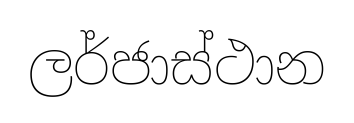
ලර්ජාස්ථාන